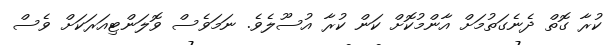
ކުރާ ގޮތް ދެނެގަތުމަށް އާންމުކޮށް ކަން ކުރާ އުސޫލެވެ. ނަމަވެސް ވޮލަންޓިއަރަކަށް ވެސް